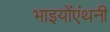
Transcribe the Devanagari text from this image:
भाइयोंएंथनी